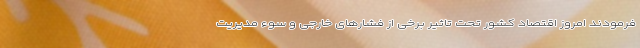
فرمودند امروز اقتصاد کشور تحت تاثیر برخی از فشارهای خارجی و سوء مدیریت